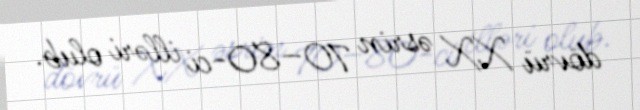
dövrü XX əsrin 70–80-ci illəri olub.